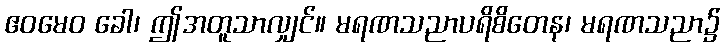
ဧဝမေဝ ခေါ၊ ဤအတူသာလျှင်။ မရဏသညာပရိစိတေန၊ မရဏသညာ၌